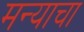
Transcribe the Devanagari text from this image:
मन्याचा